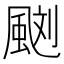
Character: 𩗌